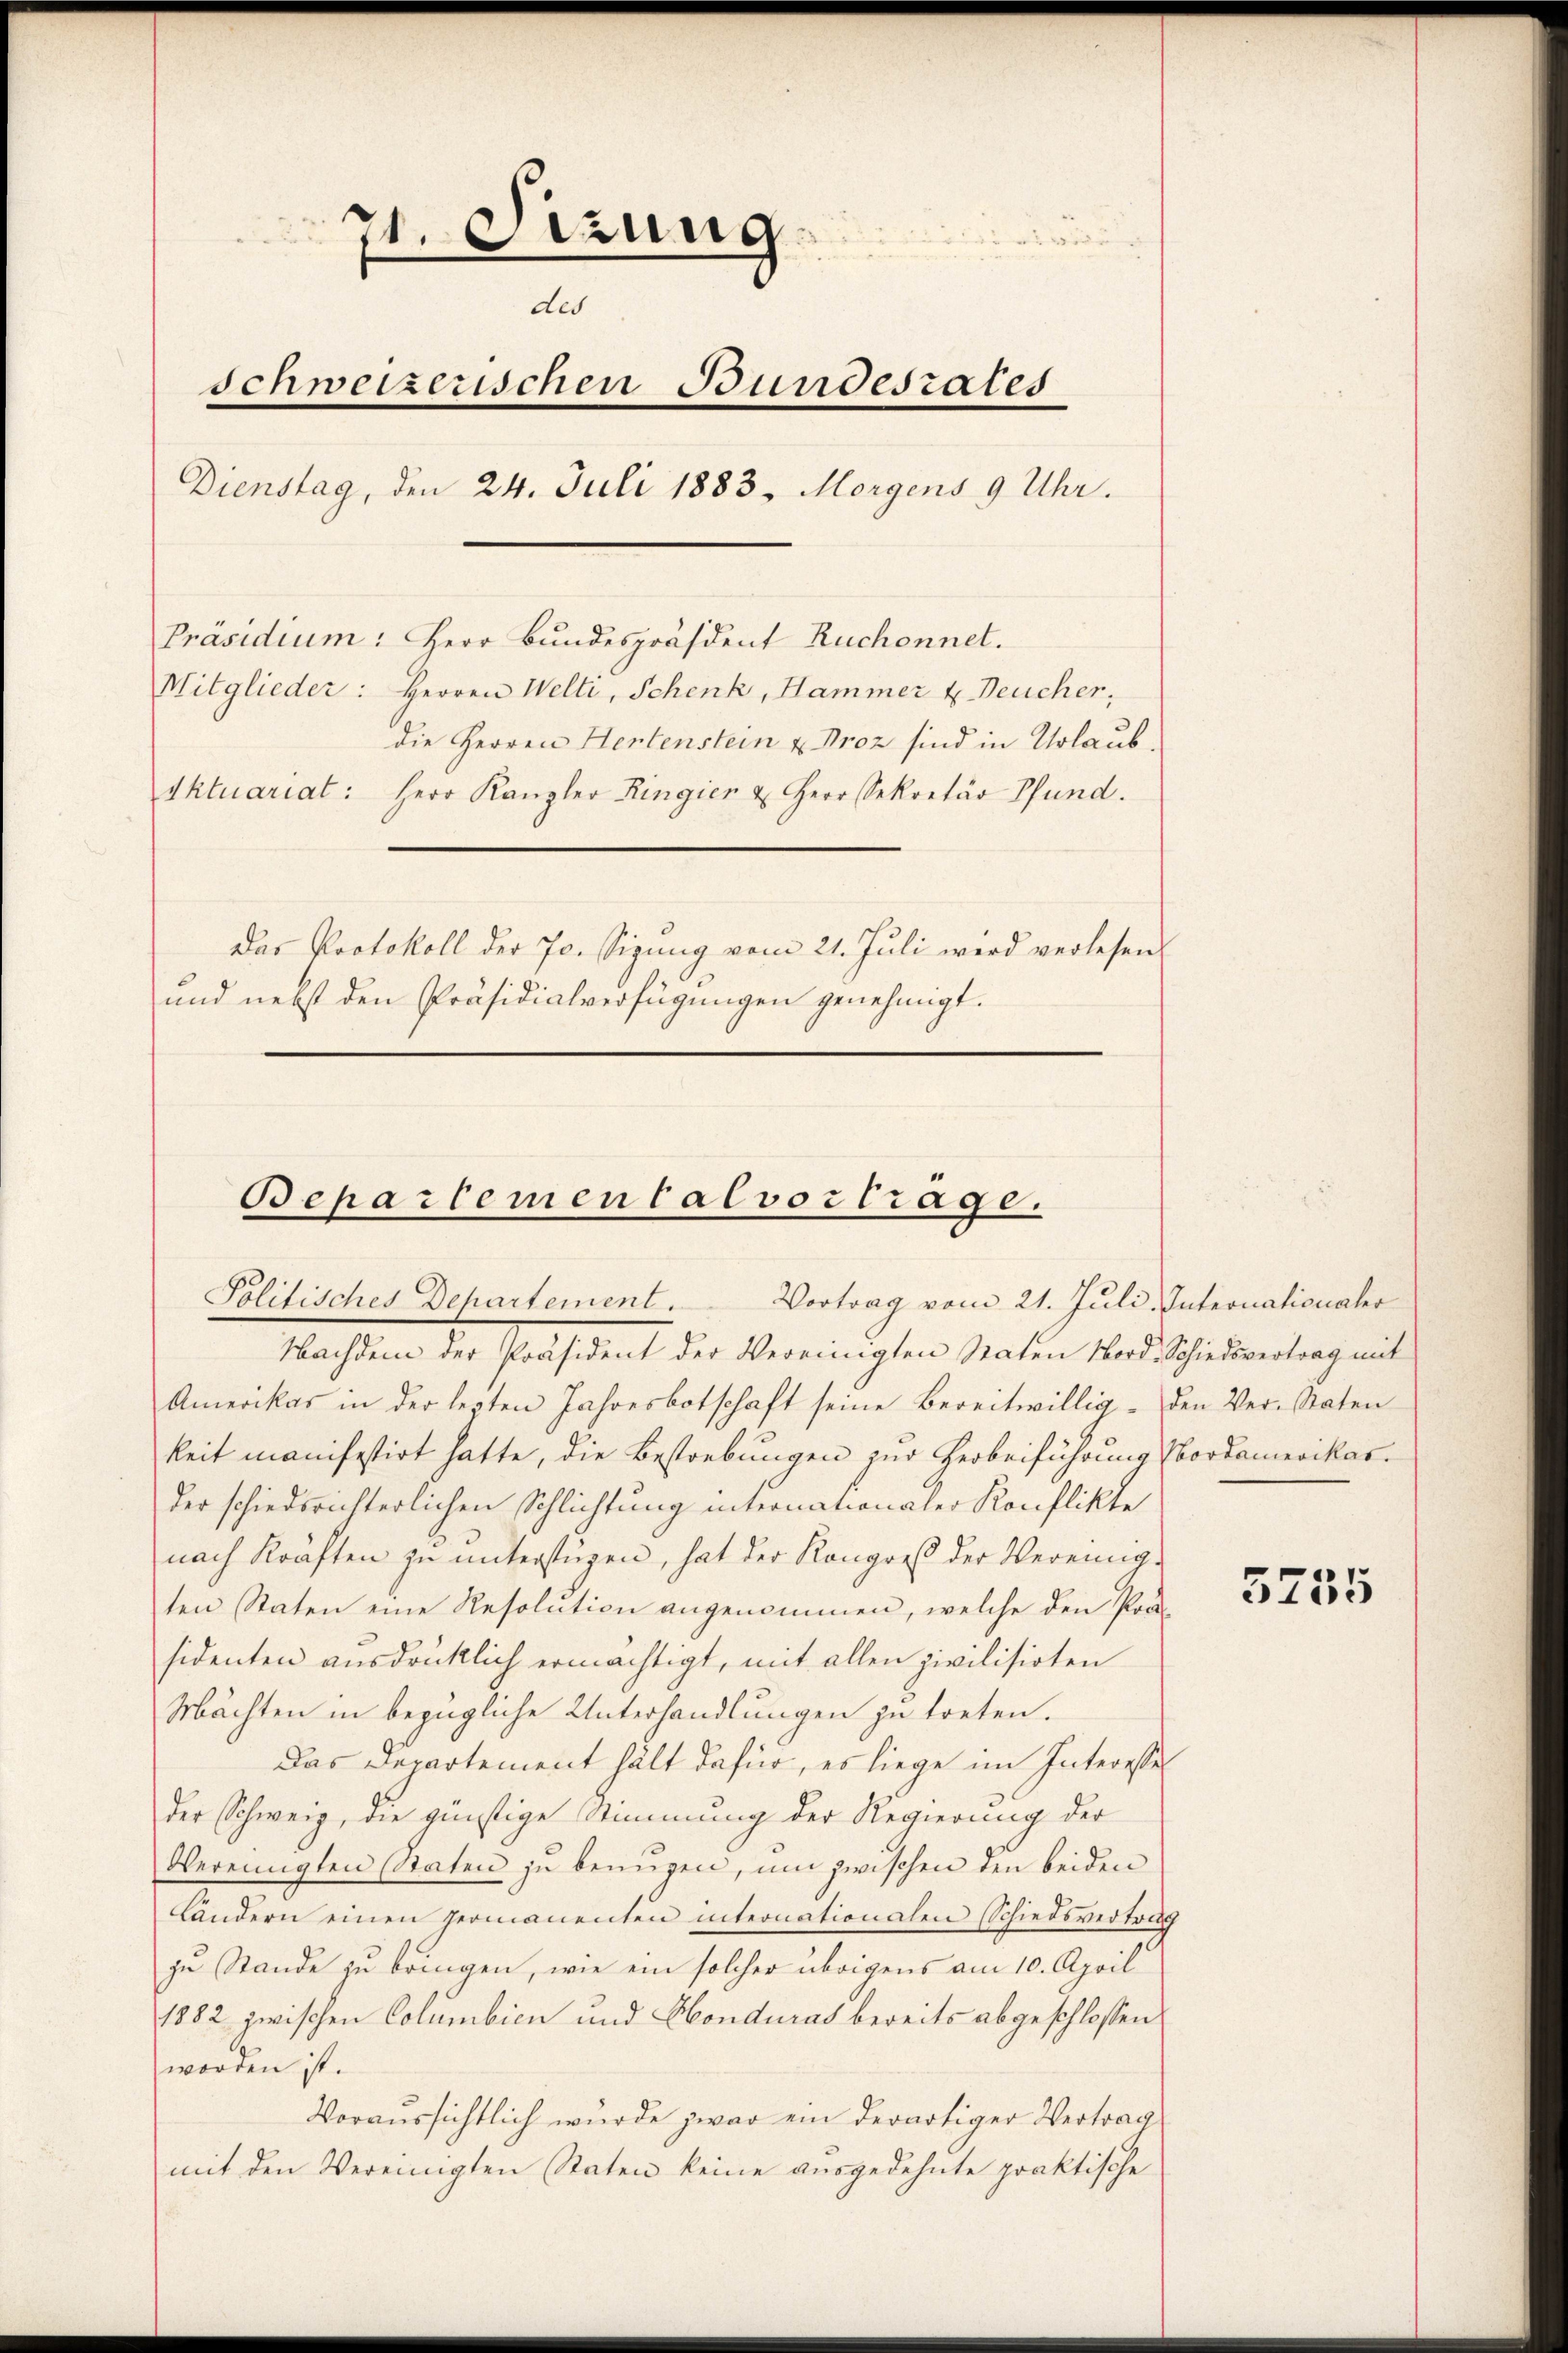
71. etzung.
des
schweizerischen Bundesrates
Dienstag, den 24. Juli 1883. Morgens 9 Uhr.
Präsidium: Herr Bundespräsident Ruchonnet.
Mitglieder: Herren Welti, Schenk, Hammer & Deucher,
die Herren Hertenstein u Proz sind in Urlaubdktuariat: Herr Kanzler Ringien u Herr Sekretär Pfund.
Das Protokoll der Jo. Sigŭng vom 21. Juli wird verlesen.
und nebst den Präsidialverfügungen genehmigt.

Bepartemen Calvortrage.
Politisches Dehartement. Vortrag vom 21. Juli. Intronationalr

Nachten der Präsident der Vereinigten Raten Sardischeidentrag mit
Amerikas in der lezten Jahresbotschaft seine bereitwillig- den Ver-Staten
keit manifestirt hatte, die Bestrebungen zur Herbeiführung Nordamerikasder schiederichterlichen Schlichtung internationaler Konflikte
nach Kräften zŭ ŭnterstüzen, hat der Kongress der Vereinig-
ten Staten eine Resolution angenommen, welche den Porsidenten ausdrücklich ermächtigt, mit allen zivilisirten
Mächten in bezügliche Unterhandlungen zu treten.
Das Departement hält dafür, es liege im Interesse
der Schweiz, die günstige Stimmung der Regierung der
Vereinigten Staten zu benügen, um zwischen den beiden
Ländern einen germanenten internationalen Schiedsvertrag
zu Stande zu bringen, wie ein solcher übrigens am 10. April
1882 zwischen Columbicn und Honduras bereits abgeschlossen
worden ist.
Voraussichtlich wurde zwar ein derartiger Vertrag
mit den Vereinigten Staten keine ausgedehnte praktische

5755